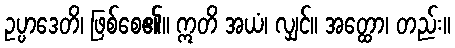
ဥပ္ပာဒေတိ၊ ဖြစ်စေ၏။ ဣတိ အယံ၊ လျှင်။ အတ္ထော၊ တည်း။